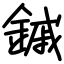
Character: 鏚